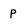
Character: p